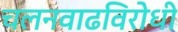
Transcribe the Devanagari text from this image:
चलनवाढविरोधी